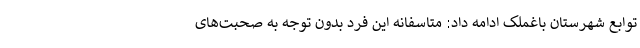
توابع شهرستان باغملک ادامه داد: متاسفانه این فرد بدون توجه به صحبت‌های